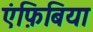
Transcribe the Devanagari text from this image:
एंफ़िबिया